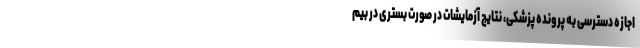
اجازه دسترسی به پرونده پزشکی، نتایج آزمایشات در صورت بستری در بیم